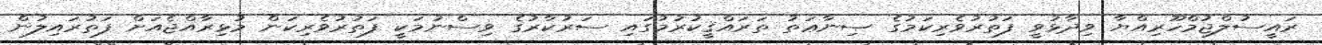
ރައީސުލްޖުމްހޫރިއްޔާ ވިދާޅުވީ ފަތުރުވެރިކަމުގެ ޞިނާޢަތު ތަރައްޤީކުރުމުގައި ސަރުކާރުގެ ވިސްނުމަކީ ފަތުރުވެރިކަން މުޅިރާއްޖެއަށް ފަތުރައިލުން